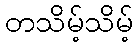
တသိမ့်သိမ့်